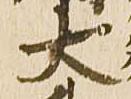
大